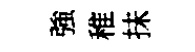
強稚抺